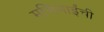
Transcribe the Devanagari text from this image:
मणिभाईंची